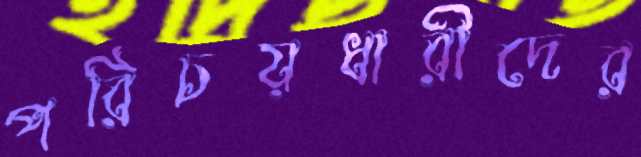
পরিচয়ধারীদের